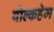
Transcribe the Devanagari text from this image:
वोल्कहेम